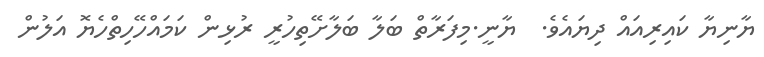
ޔާނިޔާ ކައިރިއައް ދިޔައެވެ.  ޔާނީ.މިފަރާތް ބަލާ ބަލާށޭތިހުރީ ރުޅިން ކަމައްހޭހިތްހެޔޮ އަލުން